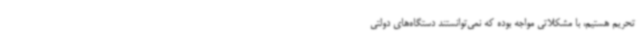
تحریم هستیم، با مشکلاتی مواجه بوده که نمی‌توانستند دستگاه‌های دولتی